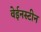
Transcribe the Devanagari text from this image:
वेईनस्टीन